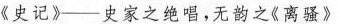
《史记》-史家之绝唱，无韵之《离骚》